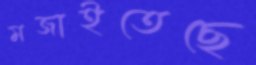
মজাইতেছে